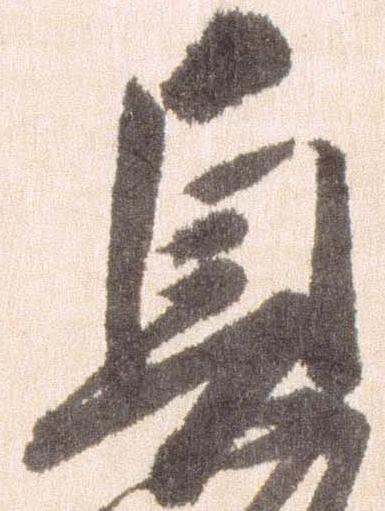
貞